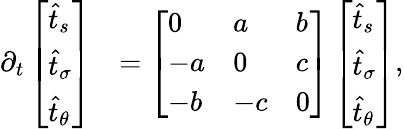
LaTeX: \begin{array}{rl}{\partial_{t}\left[\begin{array}{l}{\widehat{t}_{s}}\\ {\widehat{t}_{\sigma}}\\ {\widehat{t}_{\theta}}\end{array}\right]}&{=\left[\begin{array}{lll}{0}&{a}&{b}\\ {-a}&{0}&{c}\\ {-b}&{-c}&{0}\end{array}\right]\left[\begin{array}{l}{\widehat{t}_{s}}\\ {\widehat{t}_{\sigma}}\\ {\widehat{t}_{\theta}}\end{array}\right],}\end{array}